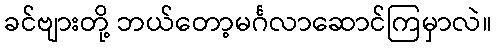
ခင်ဗျားတို့ ဘယ်တော့မင်္ဂလာဆောင်ကြမှာလဲ။